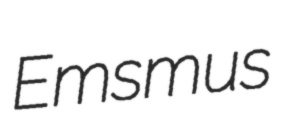
Emsmus